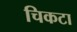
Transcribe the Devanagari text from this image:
चिकटा